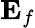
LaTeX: {\mathbf E}_{f}